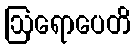
ဩရောပေတိ